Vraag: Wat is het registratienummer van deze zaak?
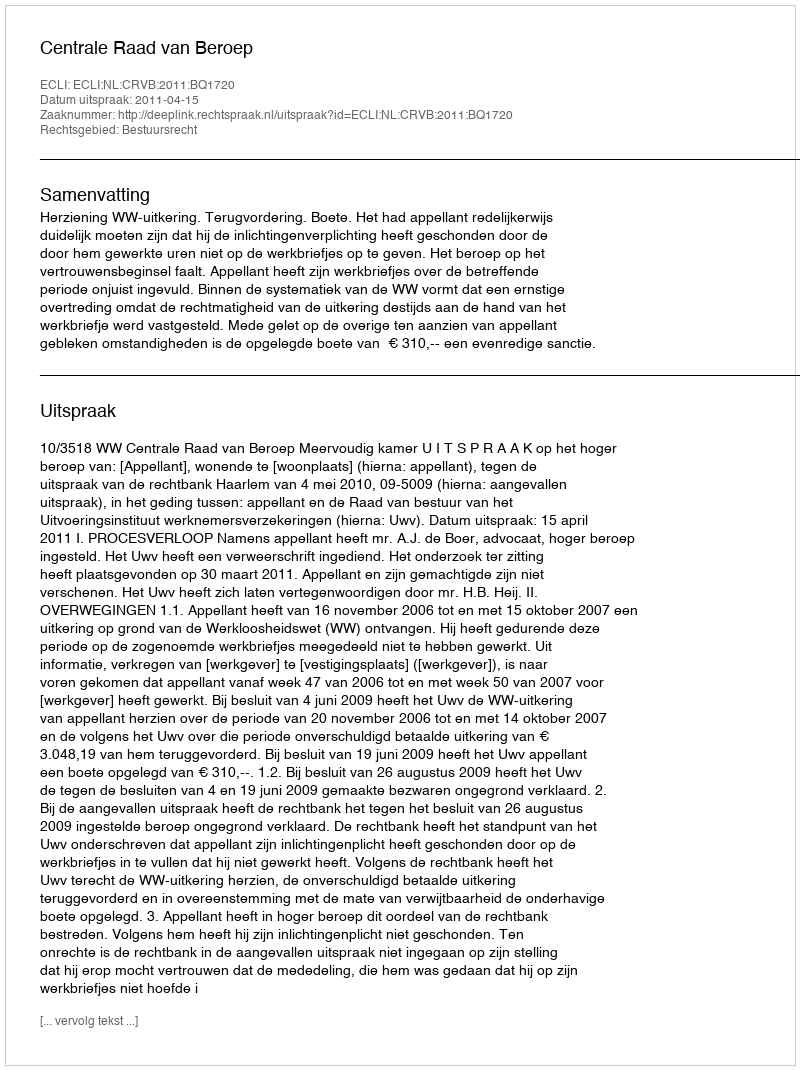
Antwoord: http://deeplink.rechtspraak.nl/uitspraak?id=ECLI:NL:CRVB:2011:BQ1720